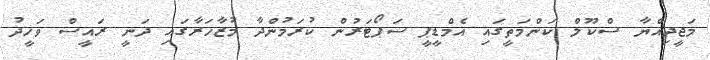
މަޖީދިއްޔާ ސްކޫލް ކަންމަތީގައި އެމްޑީޕީ ސަޕޯޓަރުން ކުރަމުންދާ މުޒާހަރާގައި ދަނީ ރައީސް ވަހީދު